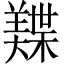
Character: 𬙾